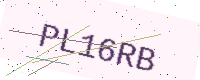
Text: PL16RB